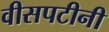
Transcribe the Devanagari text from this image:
वीसपटीनी